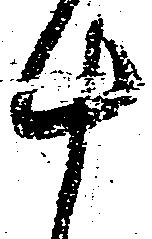
十